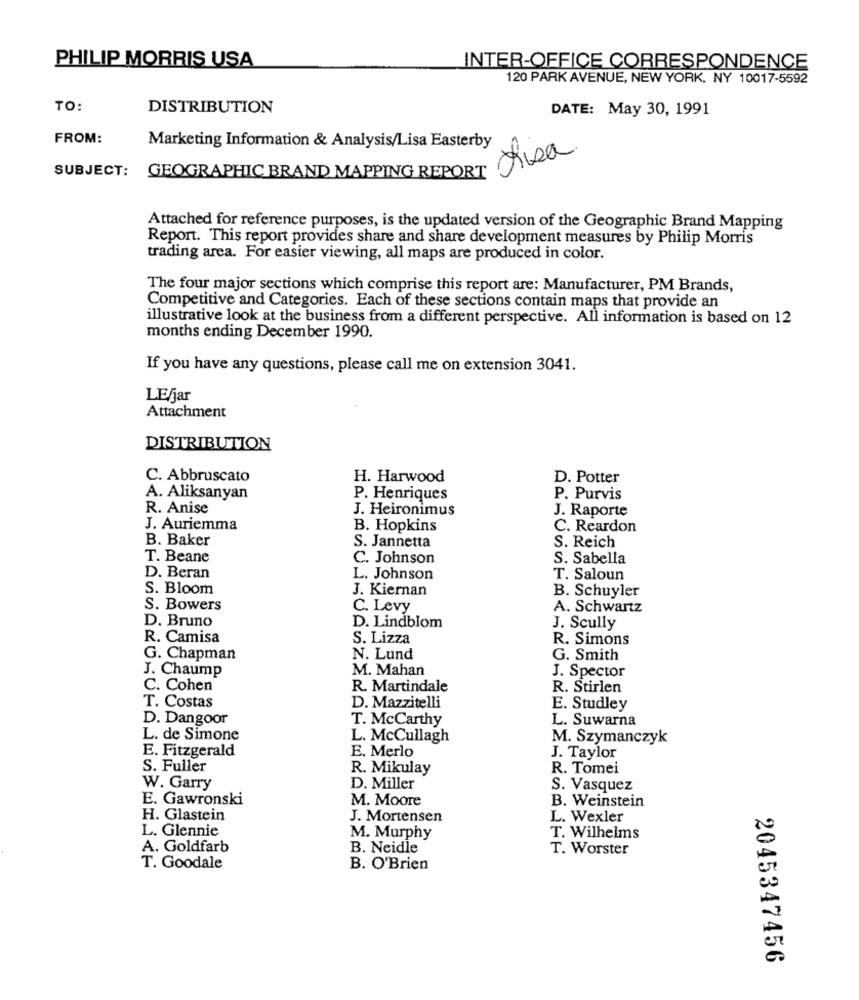
PHILIP MORRIS USA
INTER-OFFICE CORRESPONDENCE
120 PARK AVENUE, NEW YORK, NY 10017-5592
TO:
DISTRIBUTION
DATE: May 30, 1991
FROM:
Marketing Information & Analysis/Lisa Easterby
Lisa
SUBJECT:
GEOGRAPHIC BRAND MAPPING REPORT
Attached for reference purposes, is the updated version of the Geographic Brand Mapping
Report. This report provides share and share development measures by Philip Morris
trading area. For easier viewing, all maps are produced in color.
The four major sections which comprise this report are: Manufacturer, PM Brands,
Competitive and Categories. Each of these sections contain maps that provide an
illustrative look at the business from a different perspective. All information is based on 12
months ending December 1990.
If you have any questions, please call me on extension 3041.
LEfjar
Attachment
DISTRIBUTION
C. Abbruscato
H. Harwood
D. Potter
A. Aliksanyan
P. Henriques
P. Purvis
R. Anise
J. Heironimus
J. Raporte
J. Auriemma
B. Hopkins
C. Reardon
B. Baker
S. Jannetta
S. Reich
T. Beane
C. Johnson
S. Sabella
D. Beran
L. Johnson
T. Saloun
S. Bloom
J. Kiernan
B. Schuyler
S. Bowers
C. Levy
A. Schwartz
D. Bruno
D. Lindblom
J. Scully
R. Camisa
S. Lizza
R. Simons
G. Chapman
N. Lund
G. Smith
J. Chaump
M. Mahan
J. Spector
C. Cohen
R. Martindale
R. Stirlen
T. Costas
D. Mazzitelli
E. Studley
D. Dangoor
T. McCarthy
L. Suwarna
L. de Simone
L. McCullagh
M. Szymanczyk
E. Fitzgerald
E. Merlo
J. Taylor
S. Fuller
R. Mikulay
R. Tomei
W. Garry
D. Miller
S. Vasquez
E. Gawronski
M. Moore
B. Weinstein
H. Glastein
J. Mortensen
L. Wexler
L. Glennie
M. Murphy
T. Wilhelms
A. Goldfarb
B. Neidle
T. Worster
T. Goodale
B. O'Brien
2045347456